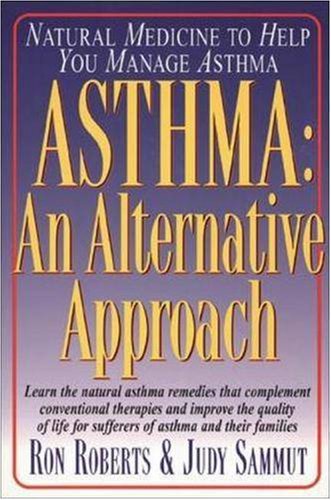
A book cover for Asthma: An Alternative Approach; Ron Roberts; Health, Fitness & Dieting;